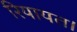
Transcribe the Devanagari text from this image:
रियायत।